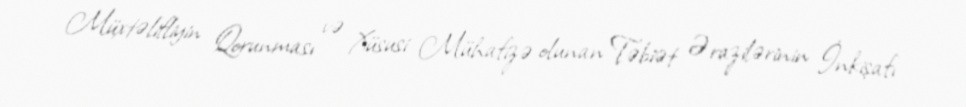
Müxtəlifliyin Qorunması və Xüsusi Mühafizə olunan Təbiət Ərazilərinin İnkişafı